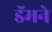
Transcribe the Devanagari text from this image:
डॅमने